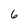
Character: 6